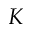
\boldsymbol { K }